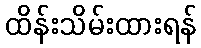
ထိန်းသိမ်းထားရန်